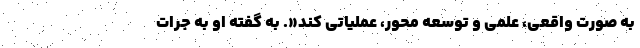
به صورت واقعی، علمی و توسعه محور، عملیاتی کند«. به گفته او به جرات